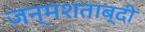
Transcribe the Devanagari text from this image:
जन्‍मशताब्‍दी